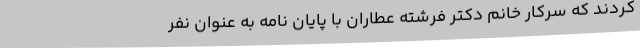
کردند که سرکار خانم دكتر فرشته عطاران با پایان نامه به عنوان نفر